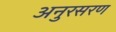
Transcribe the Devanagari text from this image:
अनुरसरण